Language: tamil
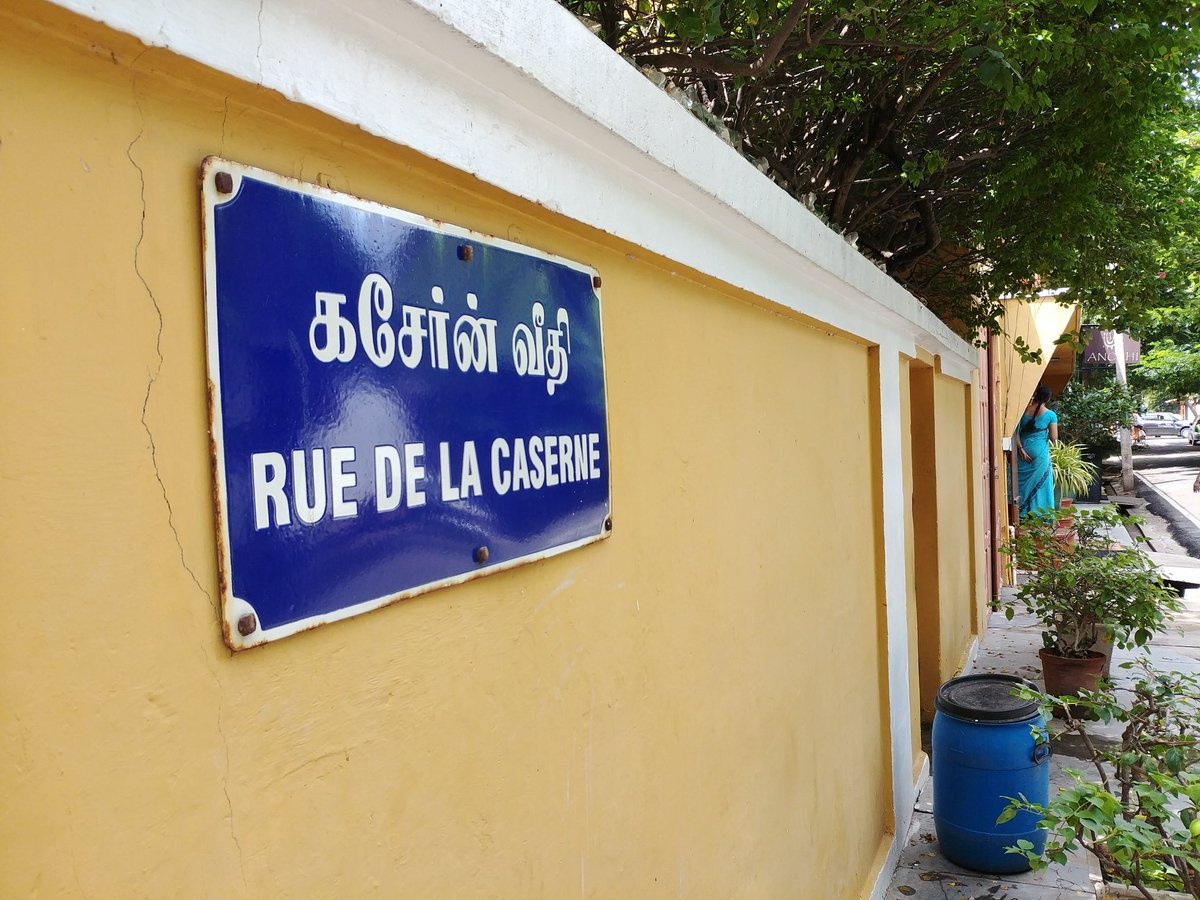
Transcription: கசோ்ன் வீதி